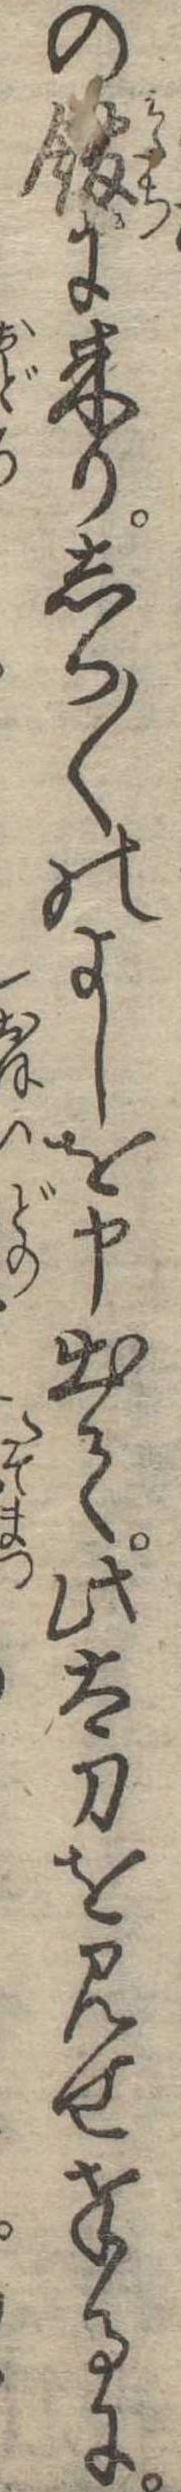
の館に来りしか〱のよしを申出て此太刀の見せ奉るに